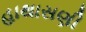
હાથાસણી